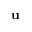
\mathbf { u }